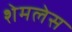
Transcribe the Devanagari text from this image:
शेमलेस